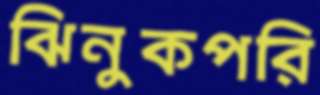
ঝিনুকপরি